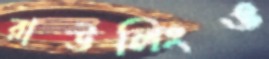
রাউলিংও